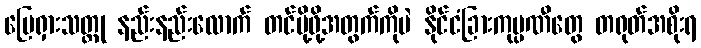
မြေရှားသတ္တု နည်းနည်းလောက် တင်ပို့ဖို့အတွက်ကိုပဲ နိုင်ငံခြားကုမ္ပဏီတွေ တရုတ်အစိုးရ